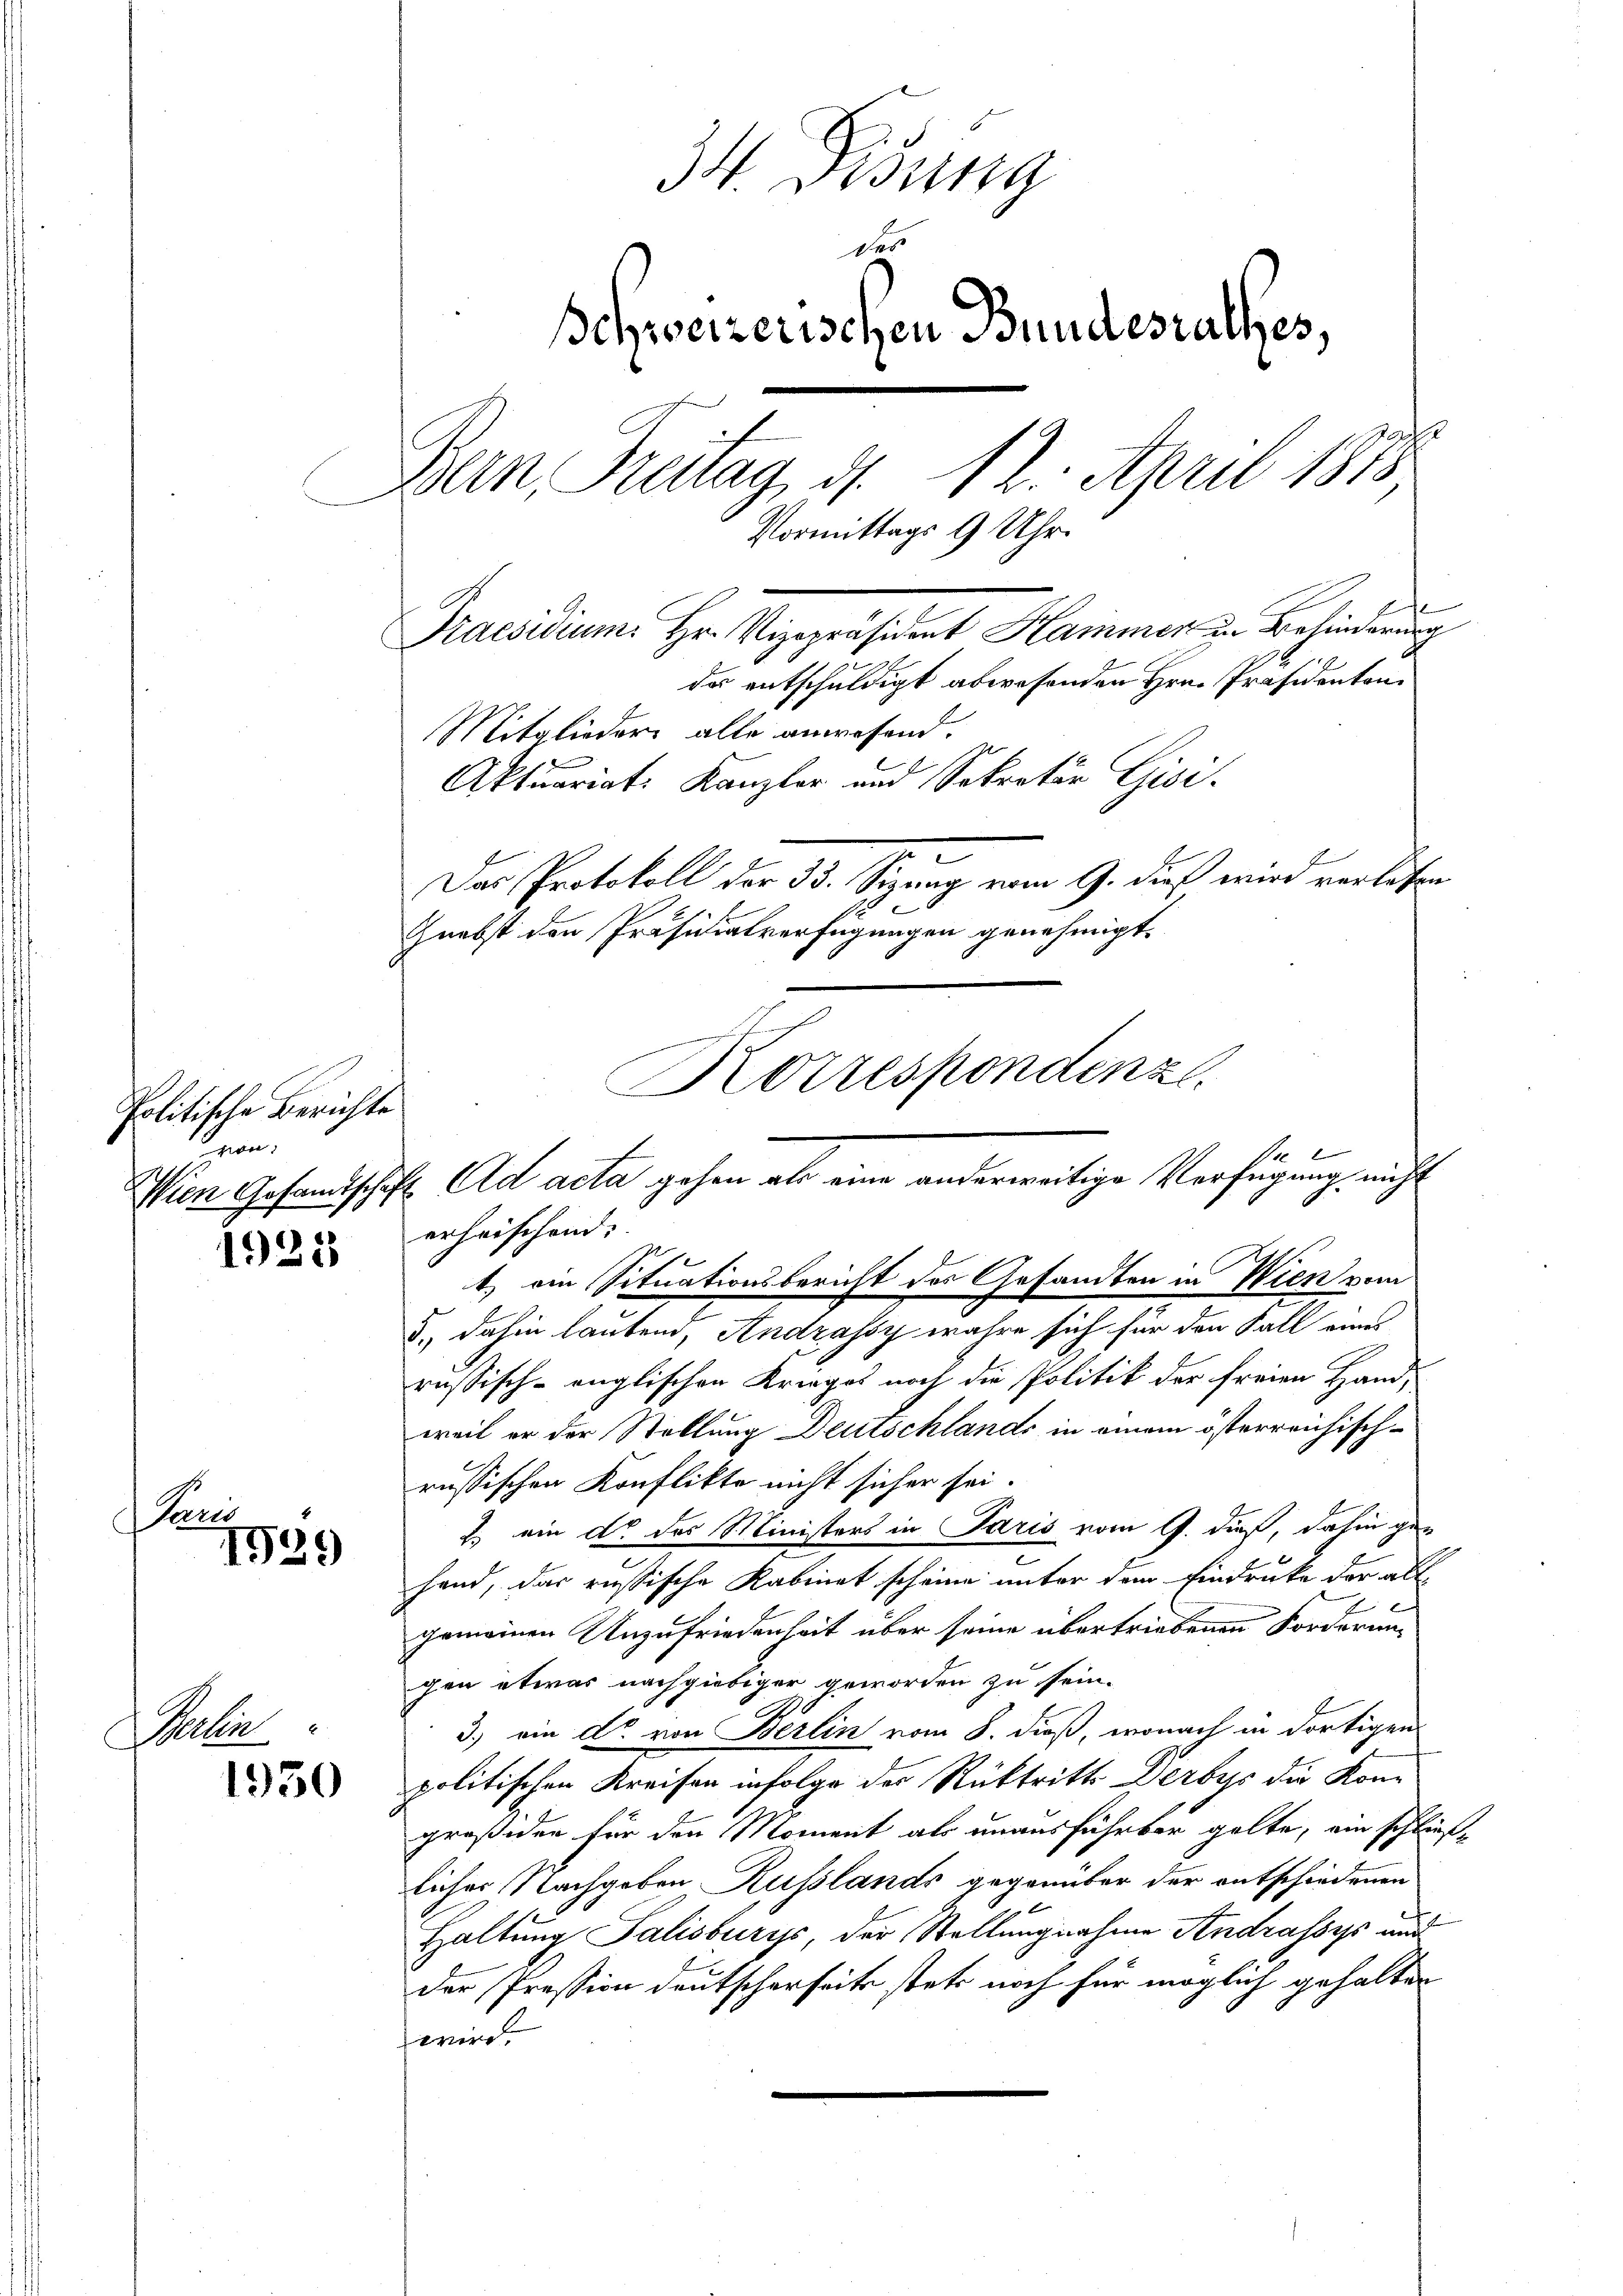
Politische Berichte
non,

Pari

1923

1539

Peten

1950

34. Disung
des
schweizerischen Bundesrathes,
Bern Freitag, d. 12. April 1873
Ue
uge
Vormitt
Praesidium. Hr. Vizepräsident Hammer in Behinderung
da entschuldigt abwesenden Hrn. Präsidenten.
Mitglieder alle anwesend.
Aktuariat. Kanzler und Sekretär Gisi-
e
Das Protokoll der 33. Sizung vom 9. dieß wird verlesen
De
Gnebst den Präsidialverfügungen genehmigt.
Korrespondenz

t) ein Situationsbericht des Gesandten in Wien vom
5.) dahin lautend, Andzassy wahre sich für den Fall eines
russisch-englischen Krieges noch die Politik der freien Hand-
weil er der Stellung Deutschlands in einem österreichisch-
russischen Konflikte nicht sicher sei.
2. ein do des Ministers in Paris vom 9. dieß, dahin ge-
hand, das russische Kabinet scheine unter dem Eindrucke der als
gemeinen Unzufriedenheit über seine übertriebenen Forderung
gen etwas nachgiebiger geworden zu sein.
3.) ein dr. von Berlin vom 8. dieß, wonach in dortigen
politischen Kreisen infolge der Rücktritte Derbys die Kongroß der für den Moment als unausführbar gelte, ein schließlicher Nachgeben Russlands gegenüber der entschiedenen
Haltung Salisburys, der Stellungnahme Andrassis und
der Pression deutscherseits stets noch für möglich gehalten
feneral

x
Wien Gesandtschaft ad acta gehen als eine anderweitige Verfügung nicht
erheischend: